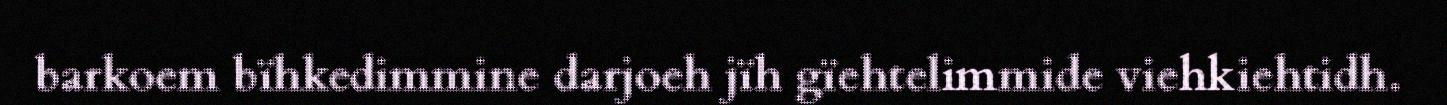
barkoem bïhkedimmine darjoeh jïh gïehtelimmide viehkiehtidh.